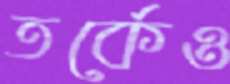
তর্কেও